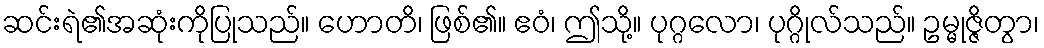
ဆင်းရဲ၏အဆုံးကိုပြုသည်။ ဟောတိ၊ ဖြစ်၏။ ဧဝံ၊ ဤသို့။ ပုဂ္ဂလော၊ ပုဂ္ဂိုလ်သည်။ ဥမ္မုဇ္ဇိတွာ၊